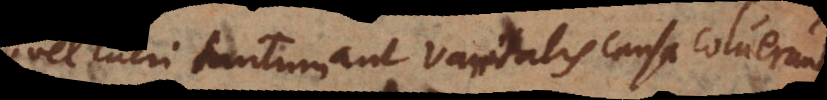
vel lucri tantum aut vanitatis causa coluerunt.